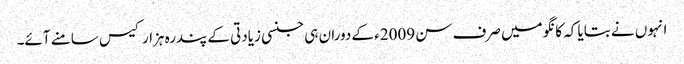
انہوں نے بتایا کہ کانگو میں صرف سن 2009ء کے دوران ہی جنسی زیادتی کے پندرہ ہزار کیس سامنے آئے۔